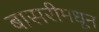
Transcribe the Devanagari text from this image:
बासरीमधून